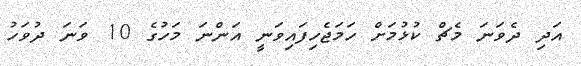
އަދި ދެވަނަ މެޗް ކުޅުމަށް ހަމަޖެހިފައިވަނީ އަންނަ މަހުގެ 10 ވަނަ ދުވަހު